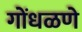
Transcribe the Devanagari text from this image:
गोंधळणे